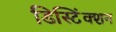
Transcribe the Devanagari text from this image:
डिस्टिंंक्शन